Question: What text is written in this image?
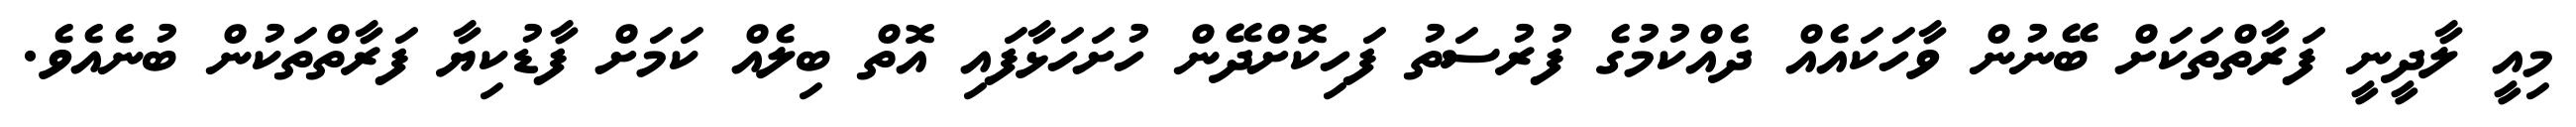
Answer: މިއީ ލާދީނީ ފަރާތްތަކަށް ބޭނުން ވާހަކައެއް ދެއްކުމުގެ ފުރުސަތު ފަހިކޮށްދޭން ހުށަހަޅާފައި އޮތް ބިލެއް ކަމަށް ފާޑުކިޔާ ފަރާތްތަކުން ބުނެއެވެ.